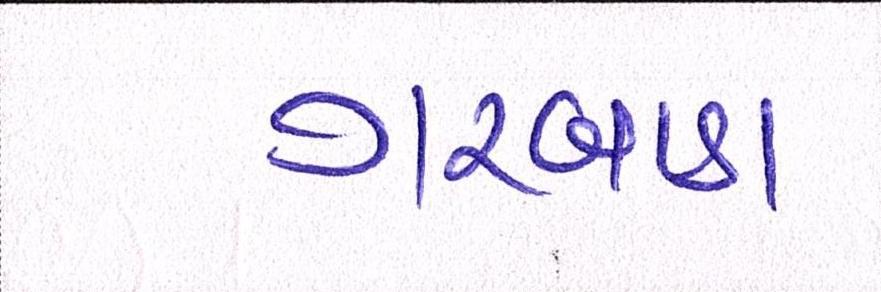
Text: ગરબાડા